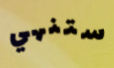
ستنهي